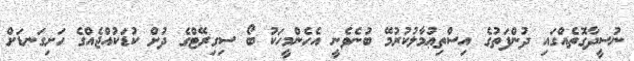
ނުސީދާގޮތެއްގައި ދުންފަތުގެ އިސްތިޢުމާލުކުރުމޭ ބުނެވެނީ އެހެންމީހަކު ބޯ ސިގިރޭޓްގެ ދުށް ކުޑަކުއްޖެއްގެ ހަށިގަނޑަށް